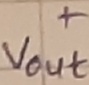
Text: +Vout